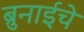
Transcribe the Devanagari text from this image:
ब्रुनाईचे